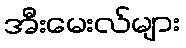
အီးမေးလ်များ